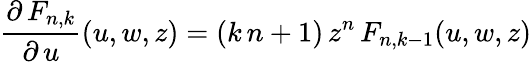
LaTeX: \frac{\partial\, F_{n,k}}{\partial\, u}(u,w,z)=(k\, n+1)\, z^{n}\, F_{n,k-1}(u,w,z)